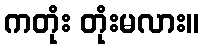
ကတုံး တုံးမလား။